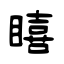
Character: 瞦